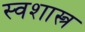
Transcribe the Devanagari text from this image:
स्वशास्त्र